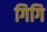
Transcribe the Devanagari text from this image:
गिगि